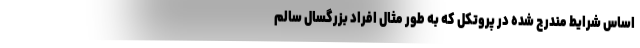
اساس شرایط مندرج شده در پروتکل که به طور مثال افراد بزرگسال سالم